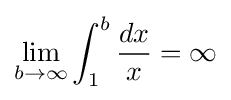
\lim _{b\to \infty }\int _{1}^{b}{\frac {dx}{x}}=\infty